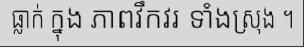
ធ្លាក់ ក្នុង ភាពវឹកវរ ទាំងស្រុង ។